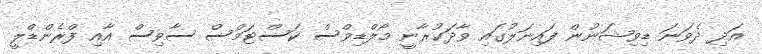
އަދި ދެވަނަ ޑިވިޝަނުން ފައިނަލުގައި ވާދަކުރާނީ މޯލްޑިވްސް ކަސްޓަމްސް ސާވިސް އާއި ފްރެންޑްލީ